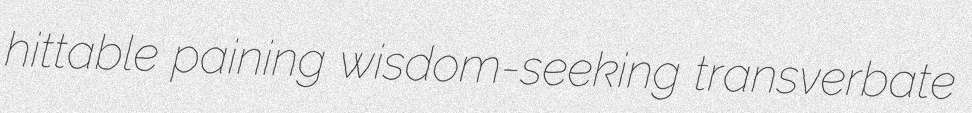
hittable paining wisdom-seeking transverbate